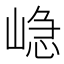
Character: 𭖷